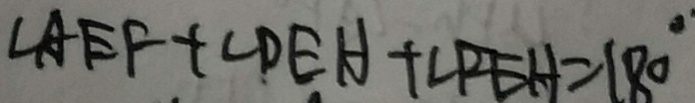
\angle A E F + \angle D E H + \angle P E H = 1 8 0 ^ { \circ }